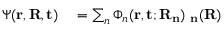
\begin{array} { r l } { \Psi ( \bf r , \bf R , t ) } & { { } = \sum _ { n } \Phi _ { n } ( \bf r , t ; \bf R _ { n } ) \chi _ { n } ( \bf R ) } \end{array}